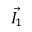
\vec { I _ { 1 } }